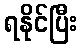
ရနိုင်ပြီး